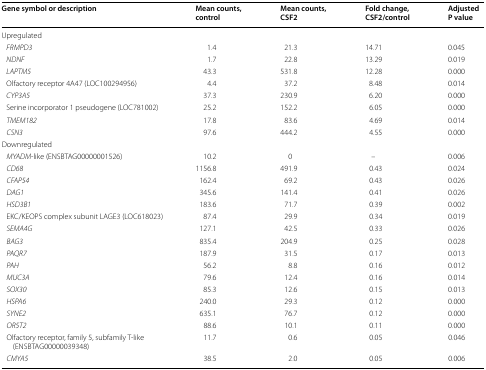
| Gene symbol or description | Mean counts, control | Mean counts, CSF2 | Fold change, CSF2/control | Adjusted P value |
 | --- | --- | --- | --- | --- |
 | <COLSPAN=5> Upregulated |
 | FRMPD3 | 1.4 | 21.3 | 14.71 | 0.045 |
 | NDNF | 1.7 | 22.8 | 13.29 | 0.019 |
 | LAPTM5 | 43.3 | 531.8 | 12.28 | 0.000 |
 | Olfactory receptor 4A47 (LOC100294956) | 4.4 | 37.2 | 8.48 | 0.014 |
 | CYP3A5 | 37.3 | 230.9 | 6.20 | 0.000 |
 | Serine incorporator 1 pseudogene (LOC781002) | 25.2 | 152.2 | 6.05 | 0.000 |
 | TMEM182 | 17.8 | 83.6 | 4.69 | 0.014 |
 | CSN3 | 97.6 | 444.2 | 4.55 | 0.000 |
 | <COLSPAN=5> Downregulated |
 | MYADM-like (ENSBTAG00000001526) | 10.2 | 0 | – | 0.006 |
 | CD68 | 1156.8 | 491.9 | 0.43 | 0.024 |
 | CFAP54 | 162.4 | 69.2 | 0.43 | 0.026 |
 | DAG1 | 345.6 | 141.4 | 0.41 | 0.026 |
 | HSD3B1 | 183.6 | 71.7 | 0.39 | 0.002 |
 | EKC/KEOPS complex subunit LAGE3 (LOC618023) | 87.4 | 29.9 | 0.34 | 0.019 |
 | SEMA4G | 127.1 | 42.5 | 0.33 | 0.026 |
 | BAG3 | 835.4 | 204.9 | 0.25 | 0.028 |
 | PAQR7 | 187.9 | 31.5 | 0.17 | 0.013 |
 | PAH | 56.2 | 8.8 | 0.16 | 0.012 |
 | MUC3A | 79.6 | 12.4 | 0.16 | 0.014 |
 | SOX30 | 85.3 | 12.6 | 0.15 | 0.013 |
 | HSPA6 | 240.0 | 29.3 | 0.12 | 0.000 |
 | SYNE2 | 635.1 | 76.7 | 0.12 | 0.000 |
 | OR5T2 | 88.6 | 10.1 | 0.11 | 0.000 |
 | Olfactory receptor, family 5, subfamily T-like (ENSBTAG00000039348) | 11.7 | 0.6 | 0.05 | 0.046 |
 | CMYA5 | 38.5 | 2.0 | 0.05 | 0.006 |